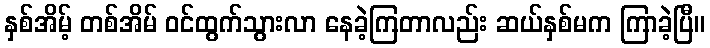
နှစ်အိမ့် တစ်အိမ် ဝင်ထွက်သွားလာ နေခဲ့ကြတာလည်း ဆယ်နှစ်မက ကြာခဲ့ပြီ။